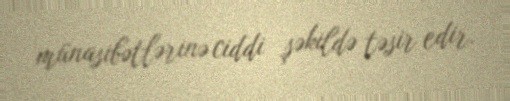
münasibətlərinə ciddi şəkildə təsir edir.